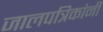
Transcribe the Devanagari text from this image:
जालपत्रिकांनी